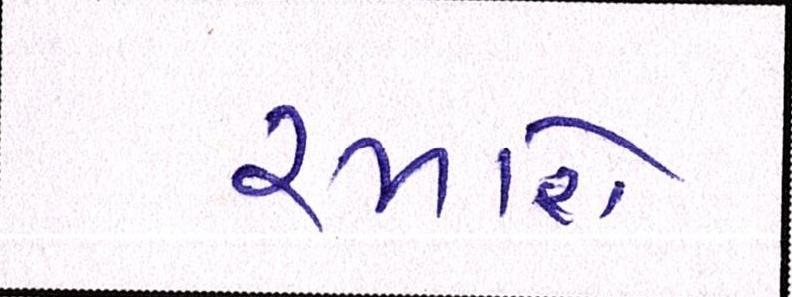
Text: રમાશે